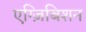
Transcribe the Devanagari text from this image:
एग्ज़िबिशन